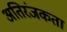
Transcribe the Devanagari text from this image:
अतिरंजकता